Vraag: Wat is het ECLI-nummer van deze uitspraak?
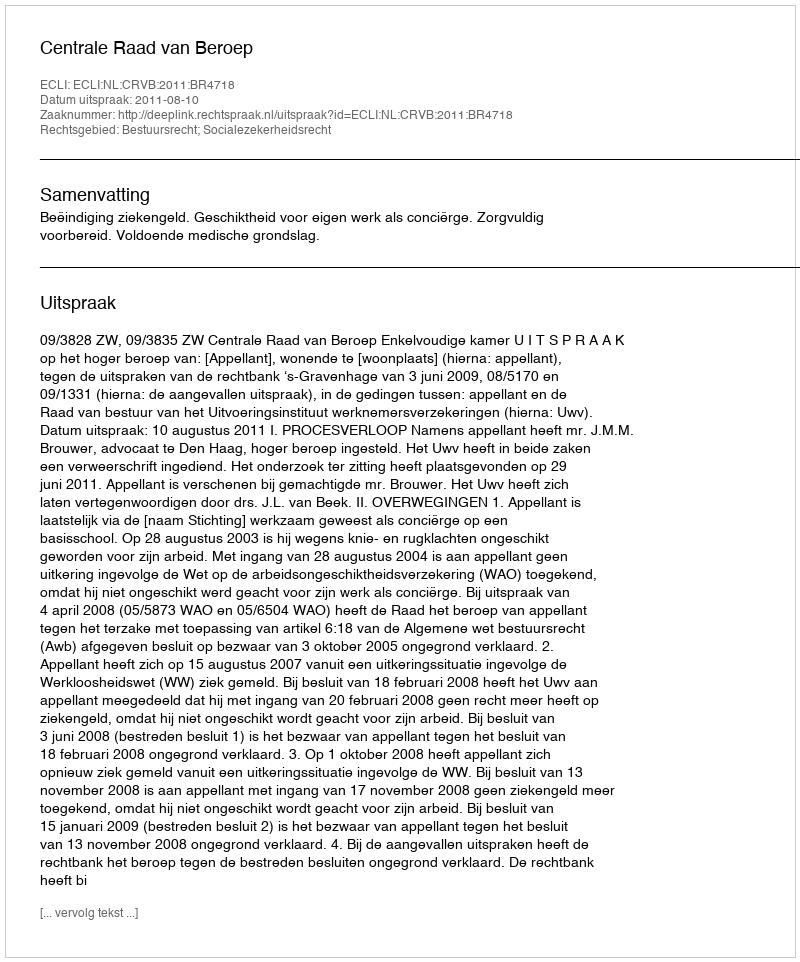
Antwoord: ECLI:NL:CRVB:2011:BR4718